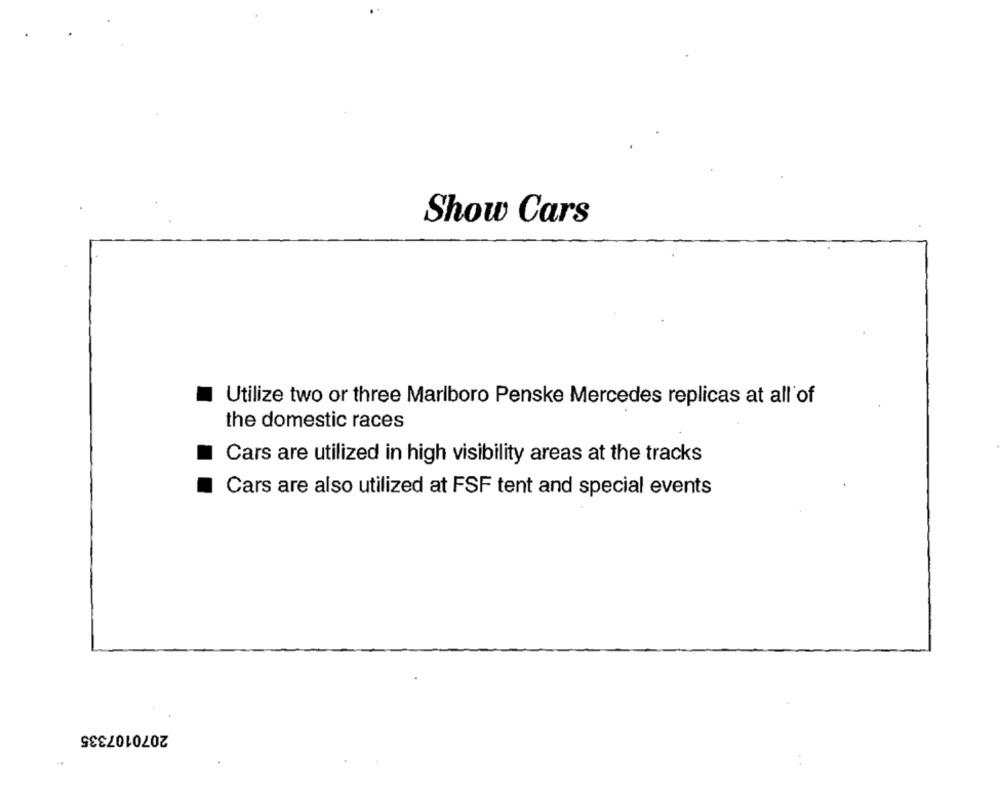
Show Cars
Utilize two or three Marlboro Penske Mercedes replicas at all of
the domestic races
Cars are utilized in high visibility areas at the tracks
Cars are also utilized at FSF tent and special events
2070107335